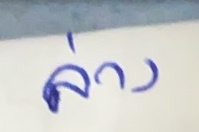
ล่าง